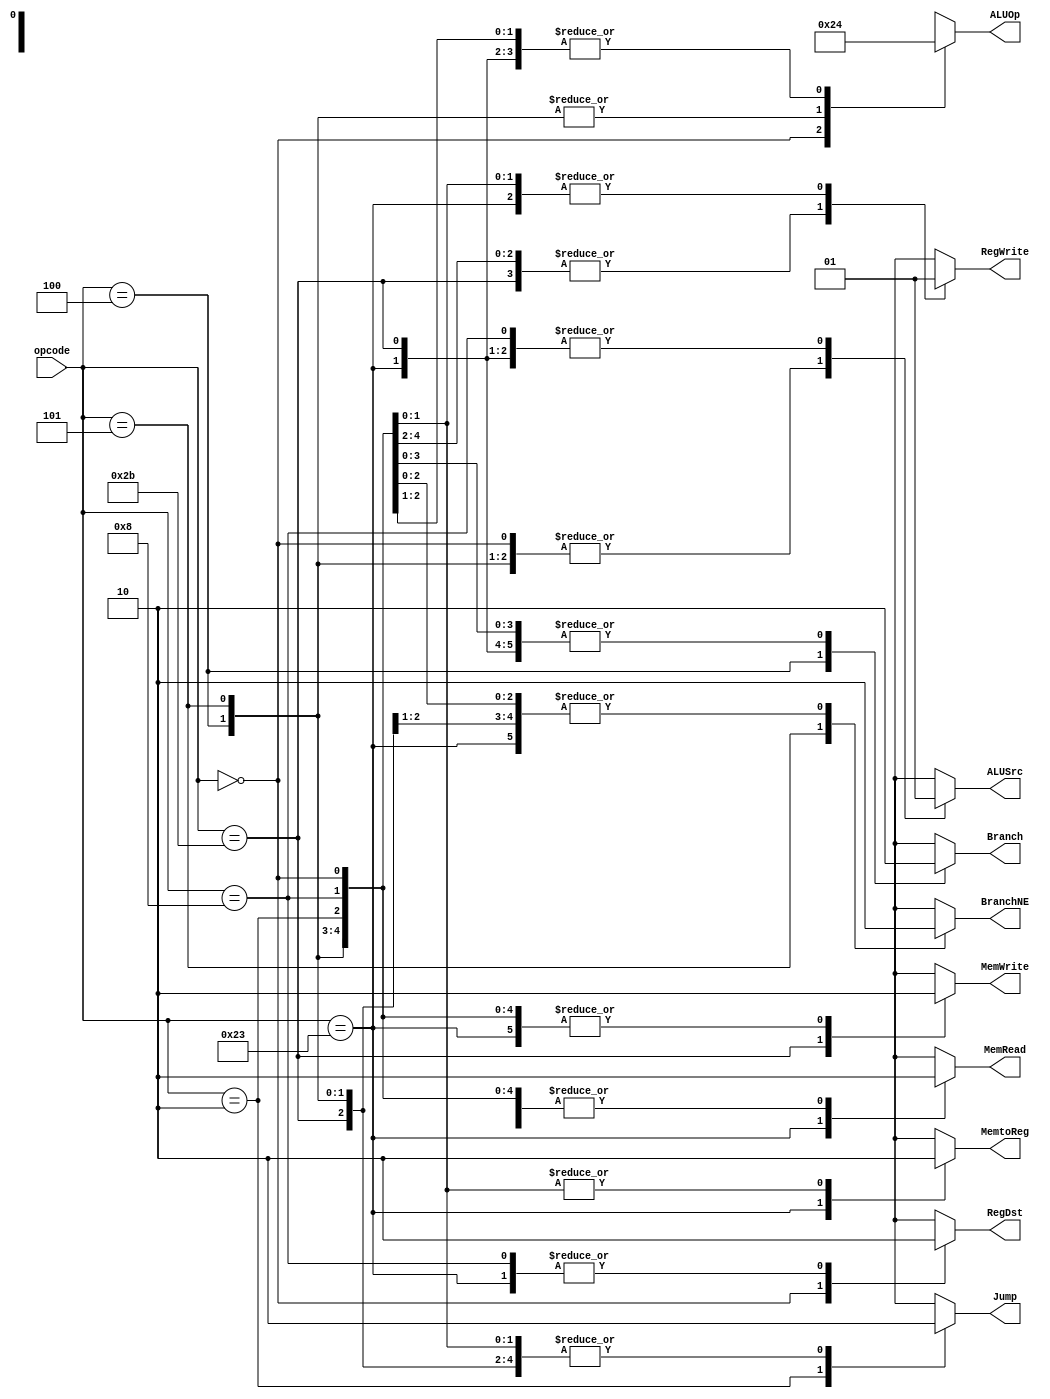
//-----------------------------------------------------------------------------
// Title         : MIPS Single-Cycle Control Unit
// Project       : ECE 313 - Computer Organization
//-----------------------------------------------------------------------------
// Organization  : Lafayette College
// 
//-----------------------------------------------------------------------------
// Description :
//   Control unit for the MIPS "Single Cycle" processor implementation described
//   Section 5.4 of "Computer Organization and Design, 3rd ed."
//   by David Patterson & John Hennessey, Morgan Kaufmann, 2004 (COD3e).  
//
//   It implements the function specified in Figure 5.18 on p. 308 of COD3e.
//
//-----------------------------------------------------------------------------

module control_single(opcode, RegDst, ALUSrc, MemtoReg, RegWrite, MemRead, MemWrite, Branch, BranchNE, ALUOp, Jump);
    // MODIFICATIONS HERE:
    // Added new control signals BranchNE and Jump
    input [5:0] opcode;
    output RegDst, ALUSrc, MemtoReg, RegWrite, MemRead, MemWrite, Branch, BranchNE, Jump;
    output [1:0] ALUOp;
    reg    RegDst, ALUSrc, MemtoReg, RegWrite, MemRead, MemWrite, Branch, BranchNE, Jump;
    reg    [1:0] ALUOp;

    // MODIFICATIONS HERE:
    // Added new opcodes
    parameter R_FORMAT = 6'd0;
    parameter LW = 6'd35;
    parameter SW = 6'd43;
    parameter BEQ = 6'd4;
    parameter BNE = 6'd5;
    parameter J = 6'd2;
    parameter ADDI = 6'd8;

    // MODIFICATIONS HERE:
    // Implement new opcodes (individually commented) and set new control signals
    // for existing opcodes.
    always @(opcode)
    begin
        case (opcode)
          R_FORMAT : 
          begin
              RegDst=1'b1; ALUSrc=1'b0; MemtoReg=1'b0; RegWrite=1'b1; MemRead=1'b0; 
              MemWrite=1'b0; Branch=1'b0; BranchNE=1'b0; ALUOp = 2'b10; Jump=1'b0;
          end
          LW :
          begin
              RegDst=1'b0; ALUSrc=1'b1; MemtoReg=1'b1; RegWrite=1'b1; MemRead=1'b1; 
              MemWrite=1'b0; Branch=1'b0; BranchNE=1'b0; ALUOp = 2'b00; Jump=1'b0;
          end
          SW :
          begin
              RegDst=1'bx; ALUSrc=1'b1; MemtoReg=1'bx; RegWrite=1'b0; MemRead=1'b0; 
              MemWrite=1'b1; Branch=1'b0; BranchNE=1'b0; ALUOp = 2'b00; Jump=1'b0;
          end
          BEQ :
          begin
              RegDst=1'bx; ALUSrc=1'b0; MemtoReg=1'bx; RegWrite=1'b0; MemRead=1'b0; 
              MemWrite=1'b0; Branch=1'b1; BranchNE=1'b0; ALUOp = 2'b01; Jump=1'b0;
          end
          BNE :
          begin
              // Set BranchNE, ALUOp = subtract, disable all writes
              RegDst=1'bx; ALUSrc=1'b0; MemtoReg=1'bx; RegWrite=1'b0; MemRead=1'b0;
              MemWrite=1'b0; Branch=1'b0; BranchNE=1'b1; ALUOp = 2'b01; Jump=1'b0;
          end
          J :
          begin
              // Set Jump and disable all writes
              RegDst=1'bx; ALUSrc=1'bx; MemtoReg=1'bx; RegWrite=1'b0; MemRead=1'b0;
              MemWrite=1'b0; Branch=1'b0; BranchNE=1'b0; ALUOp = 2'b00; Jump=1'b1;
          end
          ADDI :
          begin
              // RegDst = 0 to write the specified register, ALUSrc = 1 to pass
              // the immediate value to the ALU, RegWrite is set, ALUOp = add
              RegDst=1'b0; ALUSrc=1'b1; MemtoReg=1'b0; RegWrite=1'b1; MemRead=1'b0;
              MemWrite=1'b0; Branch=1'b0; BranchNE=1'b0; ALUOp = 2'b00; Jump=1'b0;
          end

          default
          begin
              $display("control_single unimplemented opcode %d", opcode);
              RegDst=1'bx; ALUSrc=1'bx; MemtoReg=1'bx; RegWrite=1'bx; MemRead=1'bx;
              MemWrite=1'bx; Branch=1'bx; BranchNE=1'bx; ALUOp = 2'bxx; Jump=1'bx;
          end

        endcase
    end
endmodule